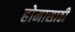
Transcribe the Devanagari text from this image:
होमासाठी